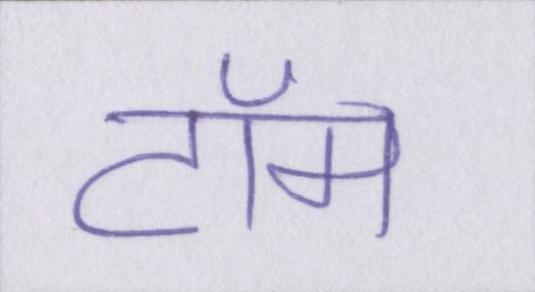
टॉम